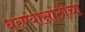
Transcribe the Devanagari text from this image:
धरण्यासाठीचा